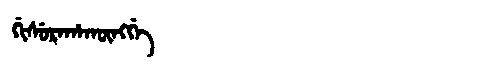
Manchu: ᡤᡳᠰᡠᡵᡝᡥᠠᡴᡡᠩᡤᡝ
Romanization: GISUREHAKŪNGGE